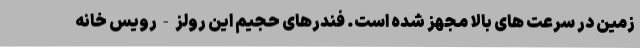
زمین در سرعت های بالا مجهز شده است. فندرهای حجیم این رولز-رویس خانه